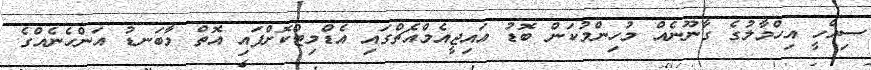
ސިއްހީ އިހްމާލުގެ ގާނޫނެއް މުހިންމުކަން ބޮޑު އައިޖީއެމްއެޗްގައި އެޑްމިޓްކޮށްފައި އޮތް މާބަނޑު އަންހެނެއްގެ